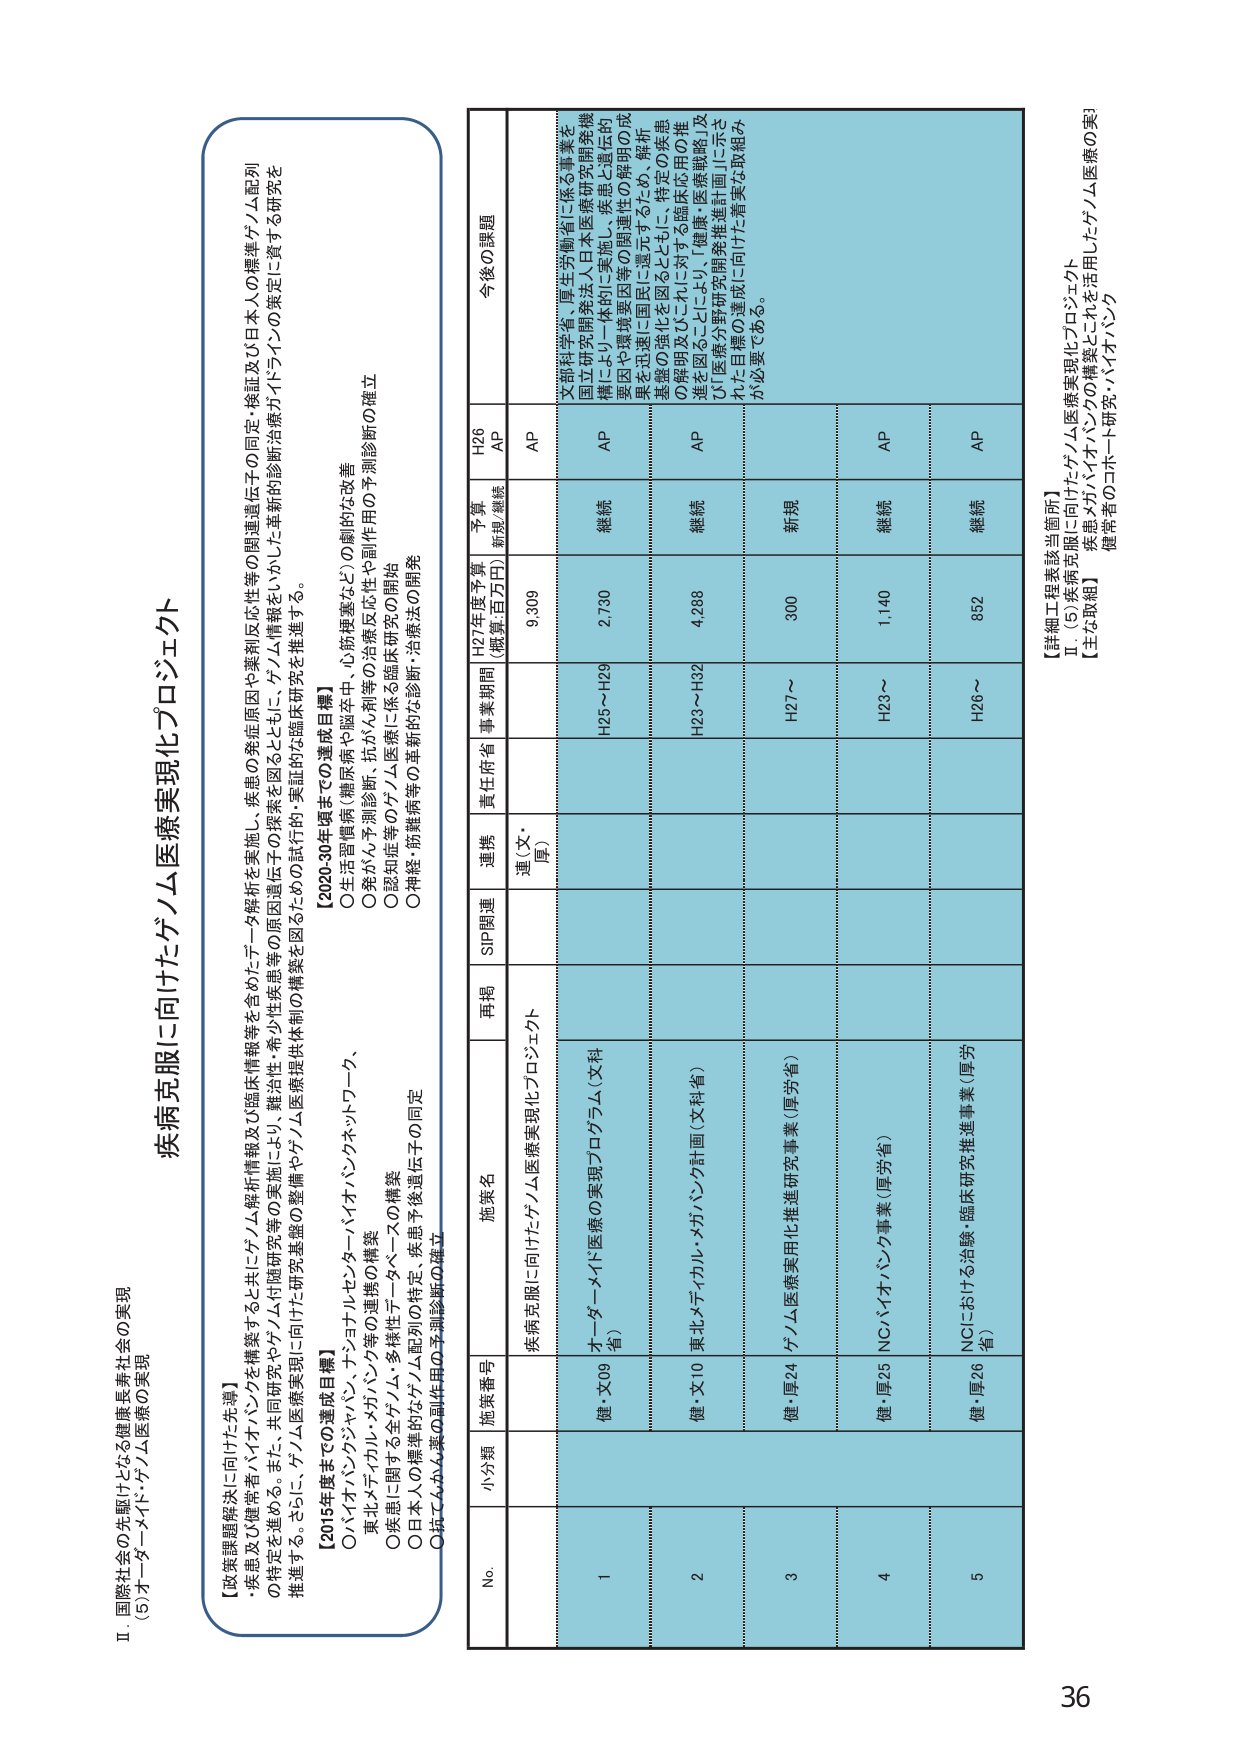
Ⅱ 国際社会の先駆けとなる健康長寿社会の実現
(5) オーダーメイド・ゲノム医療の実現

【政策課題解決に向けた先導】
・疾患及び健康常者バイオバンクを構築すると共にゲノム解析情報等を含めたデータ解析を実施し、疾患の発症原因や薬剤反応性等の関連遺伝子の同定・検証及び日本人の標準ゲノム配列の特定を進める。また、共同研究やゲノム関連研究等の実施により、難治性・希少性疾患等の原因遺伝子の探索を図るとともに、ゲノム情報をいかした革新的診断治療ガイドラインの策定に資する研究を推進する。さらに、ゲノム医療実現に向けた研究基盤の整備やゲノム医療提供体制の構築を図るための試行的・実証的な臨床研究を推進する。

【2020-30年頃までの達成目標】
○生活習慣病（糖尿病や脳卒中、心筋梗塞など）の劇的な改善
○発がん予測診断、抗がん剤等の治療反応性や副作用の予測診断の確立
○認知症等のゲノム医療に係る臨床研究の開始
○神経・筋難病等の革新的な診断・治療法の開発

【2015年度までの達成目標】
○バイオバンク、ゲノム・メガバンク、ナショナルセンターバイオ・インクネットワーク、
東北メタゲノム・メガバンク等の連携の構築
○疾患に関する全ゲノム・多様性データベースの構築
○日本人の標準的なゲノム配列の特定、疾患予後遺伝子の同定
○抗てんかん薬の副作用の予測診断の確立

疾病克服に向けたゲノム医療実現化プロジェクト

No. 小分類 施策番号 施策名 再掲 SIP関連 連携 責任府省 事業期間 H27年度予算 (概算、百万円) 予算 新規/継続 H26 AP 今後の課題

1 健・文09 オーダーメイド医療の実現プログラム（文科省） 疾病克服に向けたゲノム医療実現化プロジェクト 連（文・厚） H25～H29 2,730 継続 AP 文部科学省・厚生労働省に係る事業を国立研究開発法人日本医療研究開発機構により一体的に実施し、疾患と遺伝的要因や環境要因等の関連性の解析成果を迅速に国民に還元するとともに、解析基盤の強化を図るとともに、特定の疾患の解明及びこれに対する臨床応用の推進を図ることにより、健康・医療戦略「及び医療分野研究開発推進計画」に示された目標の達成に向けた着実な取組みが必要である。

2 健・文10 東北メタゲノム・メガバンク計画（文科省） H23～H32 4,288 継続 AP

3 健・厚24 ゲノム医療実用化推進研究事業（厚労省） H27～ 300 新規 AP

4 健・厚25 NCバイオバンク事業（厚労省） H23～ 1,140 継続 AP

5 健・厚26 NCIにおける治験・臨床研究推進事業（厚労省） H26～ 852 継続 AP

【詳細工程表該当箇所】
Ⅱ．(5) 疾病克服に向けたゲノム医療実現化プロジェクト
【主な取組】 疾患・メガバンクの構築とこれを活用したゲノム医療の実現 健常者のコホート研究・バイオバンク

36